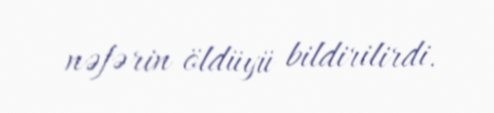
nəfərin öldüyü bildirilirdi.